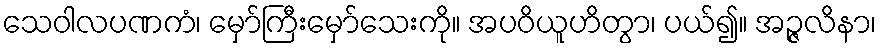
သေဝါလပဏကံ၊ မှော်ကြီးမှော်သေးကို။ အပဝိယူဟိတွာ၊ ပယ်၍။ အဉ္ဇလိနာ၊